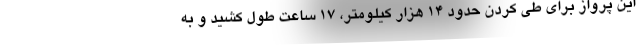
این پرواز برای طی کردن حدود ۱۴ هزار کیلومتر، ۱۷ ساعت طول کشید و به